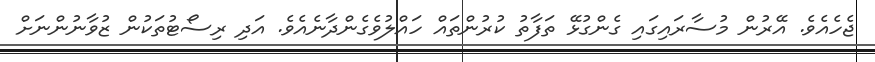
ޖެހެއެވެ. އޭރުން މުސާރައިގައި ގެންގުޅޭ ތަފާތު ކުރުންތައް ހައްލުވެގެންދާނެއެވެ. އަދި ރިސޯޓުތަކުން ޒުވާނުންނަށް